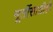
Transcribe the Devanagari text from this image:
मूर्तीसाठीही